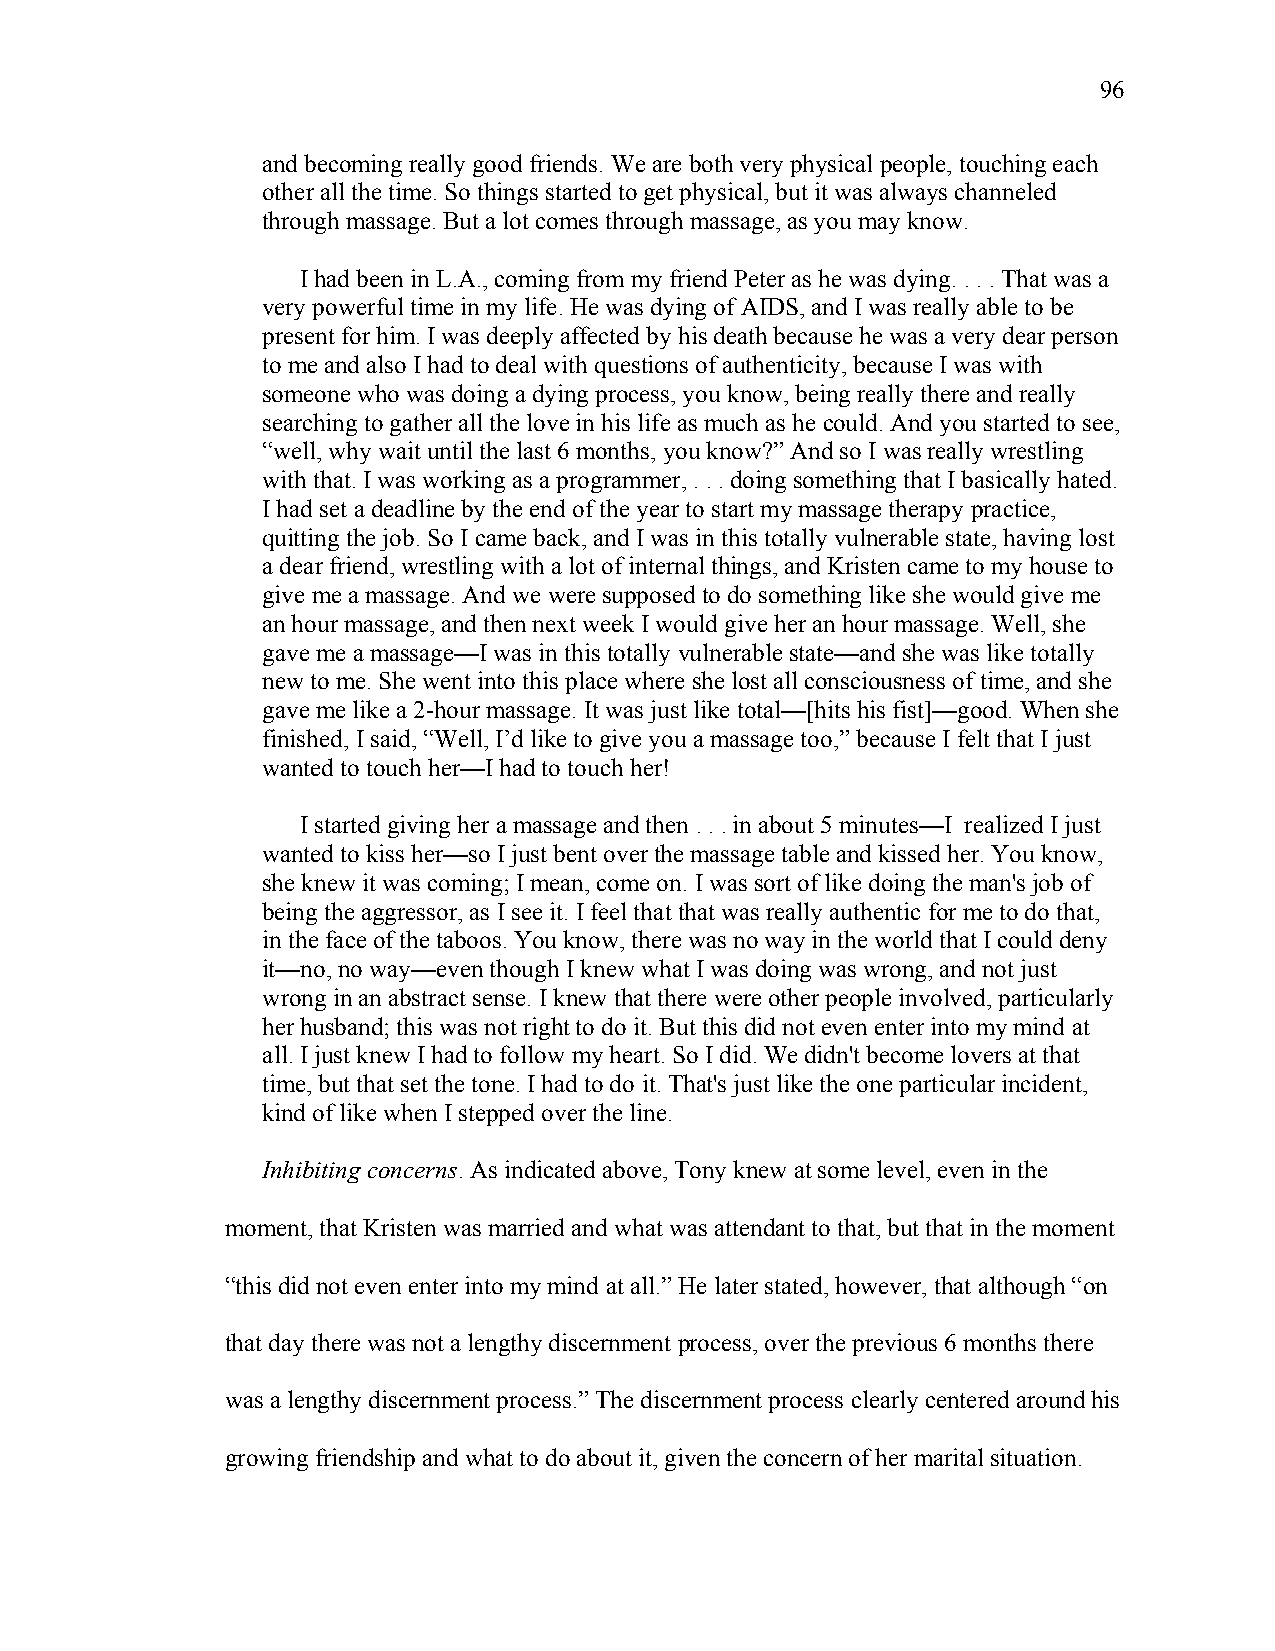
96
 and becoming really good friends. We are both very physical people, touching each
 other all the time. So things started to get physical, but it was always channeled
 through massage. But a lot comes through massage, as you may know.
 I had been in L.A., coming from my friend Peter as he was dying. . . . That was a
 very powerful time in my life. He was dying of AIDS, and I was really able to be
 present for him. I was deeply affected by his death because he was a very dear person
 to me and also I had to deal with questions of authenticity, because I was with
 someone who was doing a dying process, you know, being really there and really
 searching to gather all the love in his life as much as he could. And you started to see,
 “well, why wait until the last 6 months, you know?” And so I was really wrestling
 with that. I was working as a programmer, . . . doing something that I basically hated.
 I had set a deadline by the end of the year to start my massage therapy practice,
 quitting the job. So I came back, and I was in this totally vulnerable state, having lost
 a dear friend, wrestling with a lot of internal things, and Kristen came to my house to
 give me a massage. And we were supposed to do something like she would give me
 an hour massage, and then next week I would give her an hour massage. Well, she
 gave me a massage—I was in this totally vulnerable state—and she was like totally
 new to me. She went into this place where she lost all consciousness of time, and she
 gave me like a 2-hour massage. It was just like total—[hits his fist]—good. When she
 finished, I said, “Well, I’d like to give you a massage too,” because I felt that I just
 wanted to touch her—I had to touch her!
 I started giving her a massage and then . . . in about 5 minutes—I realized I just
 wanted to kiss her—so I just bent over the massage table and kissed her. You know,
 she knew it was coming; I mean, come on. I was sort of like doing the man's job of
 being the aggressor, as I see it. I feel that that was really authentic for me to do that,
 in the face of the taboos. You know, there was no way in the world that I could deny
 it—no, no way—even though I knew what I was doing was wrong, and not just
 wrong in an abstract sense. I knew that there were other people involved, particularly
 her husband; this was not right to do it. But this did not even enter into my mind at
 all. I just knew I had to follow my heart. So I did. We didn't become lovers at that
 time, but that set the tone. I had to do it. That's just like the one particular incident,
 kind of like when I stepped over the line.
 Inhibiting concerns. As indicated above, Tony knew at some level, even in the
 moment, that Kristen was married and what was attendant to that, but that in the moment
 “this did not even enter into my mind at all.” He later stated, however, that although “on
 that day there was not a lengthy discernment process, over the previous 6 months there
 was a lengthy discernment process.” The discernment process clearly centered around his
 growing friendship and what to do about it, given the concern of her marital situation.